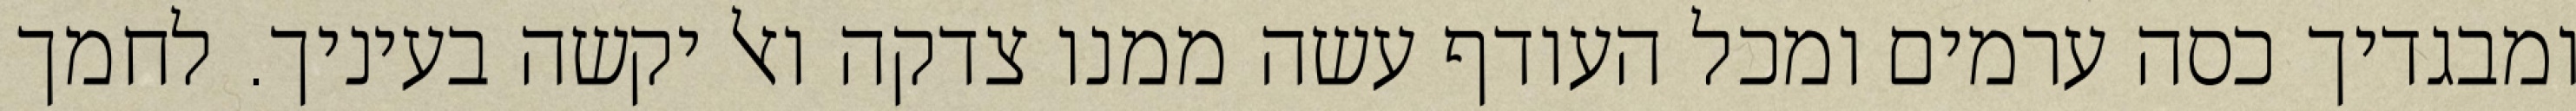
ומבגדיך כסה ערמים ומכל העודף עשה ממנו צדקה ואל יקשה בעיניך. לחמך